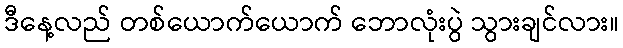
ဒီနေ့လည် တစ်ယောက်ယောက် ဘောလုံးပွဲ သွားချင်လား။